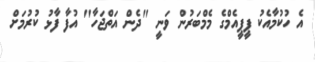
އެ ހުކުމާއެކު ޕީޕީއެމްގެ މެމްބަރުން ވަނީ "ދެން އަތްޖަހާ" އުފާ ފާޅު ކުރުމަށް